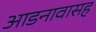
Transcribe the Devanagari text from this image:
आडनावासह